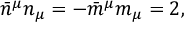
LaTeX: \bar { n } ^ { \mu } n _ { \mu } = - \bar { m } ^ { \mu } m _ { \mu } = 2 ,